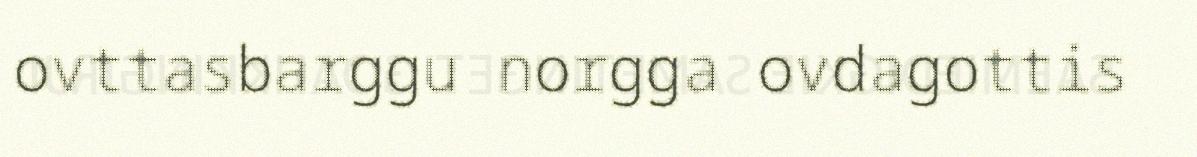
ovttasbarggu norgga ovdagottis